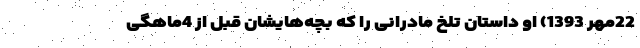
22مهر 1393) او داستان تلخ مادرانی را که بچه‌هایشان قبل از 4ماهگی